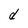
Character: d